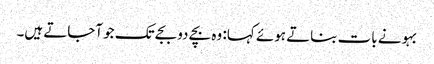
بہو نے بات بناتے ہوئے کہا: وہ بچے دو بجے تک جو آجاتے ہیں۔